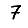
Digit: 7